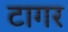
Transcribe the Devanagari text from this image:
टागर